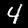
Label: 4